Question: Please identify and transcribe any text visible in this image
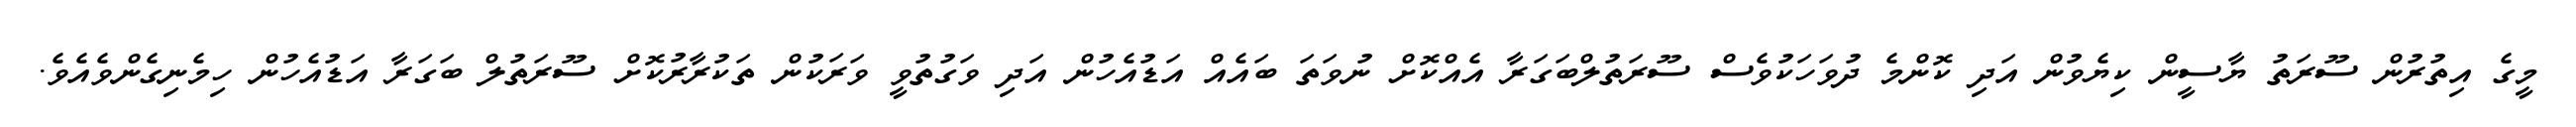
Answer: މީގެ އިތުރުން ސޫރަތު ޔާސީން ކިޔެވުން އަދި ކޮންމެ ދުވަހަކުވެސް ސޫރަތުލްބަގަރާ އެއްކޮށް ނުވަތަ ބައެއް އަޑުއެހުން އަދި ވަގުތުވީ ވަރަކުން ތަކުރާރުކޮށް ސޫރަތުލް ބަގަރާ އަޑުއެހުން ހިމެނިގެންވެއެވެ.